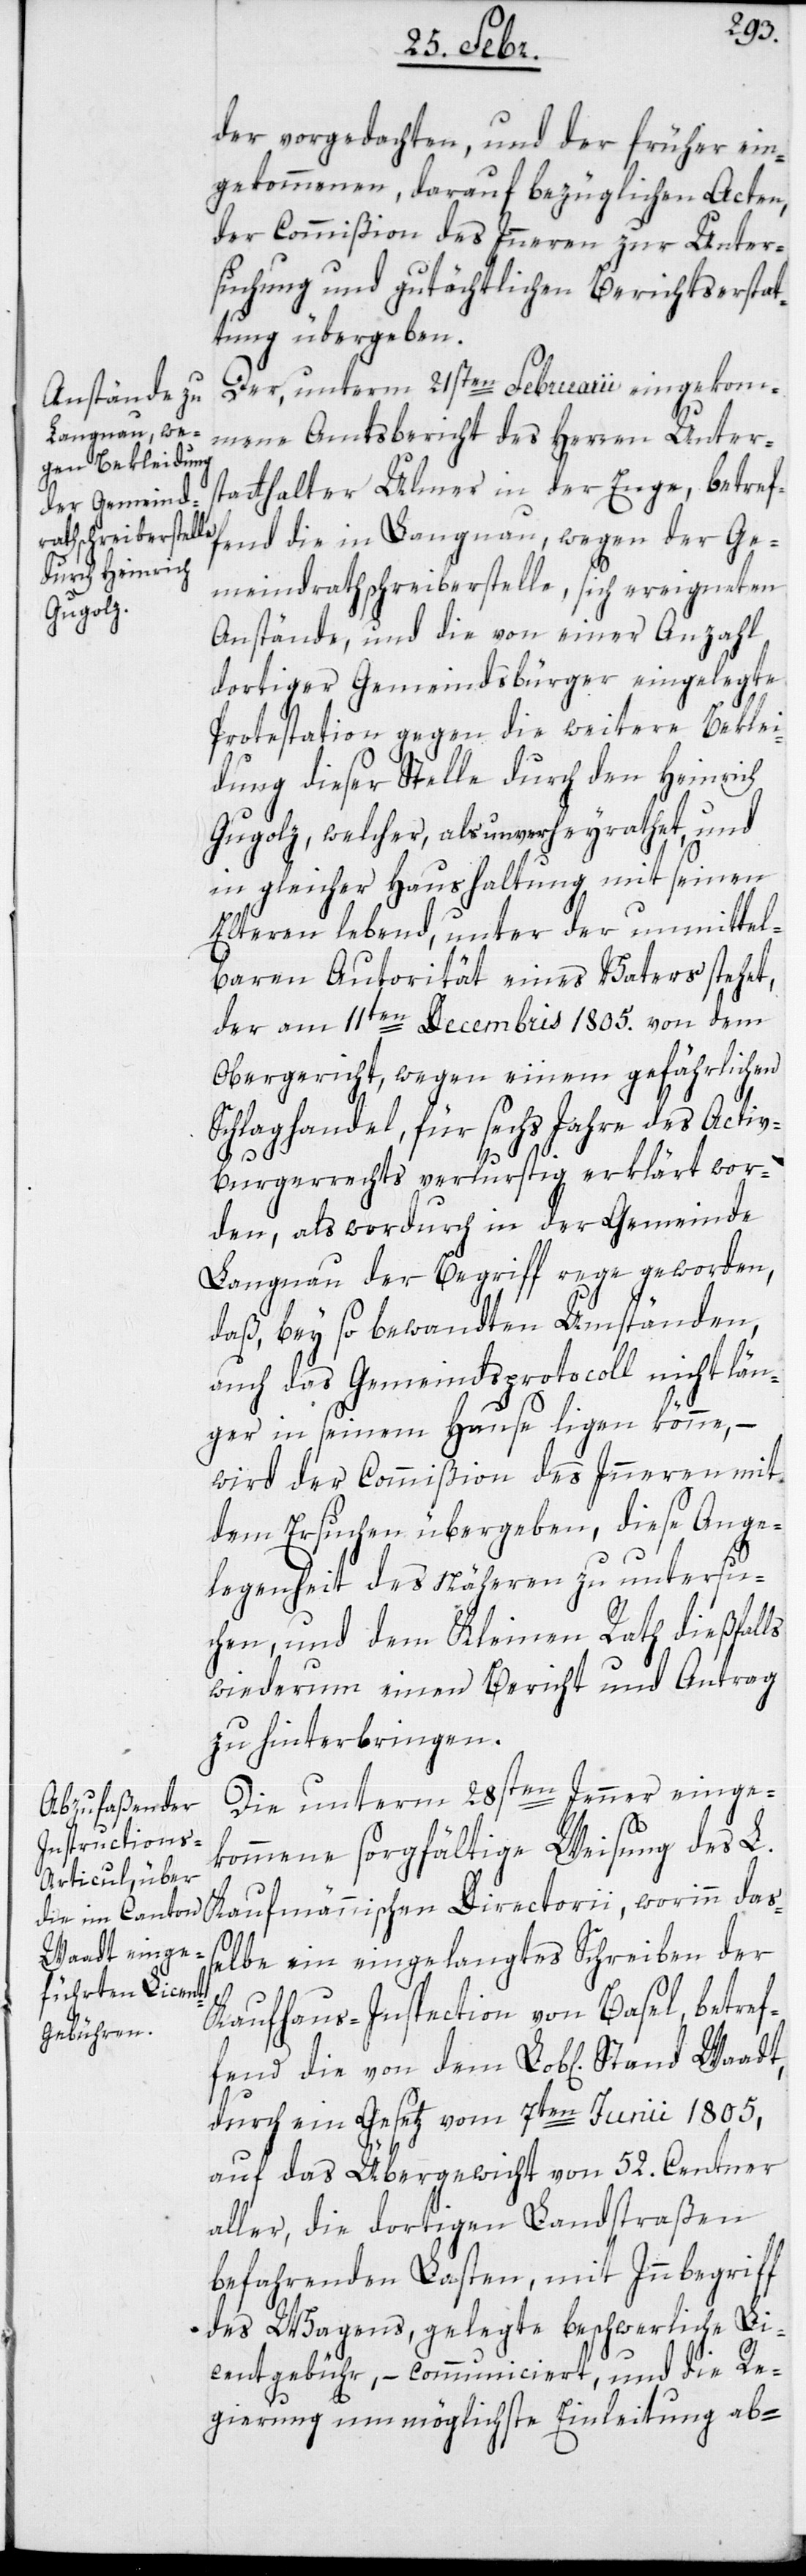
der vorgedachten, und der früher ein¬
gekommenen darauf bezüglichen Acten,
der Commißion des Inneren zur Unter¬
suchung und gutächtlichen Berichtserstat¬
tung übergeben.
Der, unterm 21sten Februarii eingekom¬
mene Amtsbericht des Herren Unter¬
statthalter Ulmer in der Enge, betref¬
fend die in Langnau, wegen der Ge¬
meindrathsschreiberstelle, sich ereigneten
Anstände, und die von einer Anzahl
dortiger Gemeindsbürger eingelegte
Protestation gegen die weitere Beklei¬
dung dieser Stelle durch den Heinrich
Gugolz, welcher, als unverheyrathet, und
in gleicher Haushaltung mit seinen
Elteren lebend, unter der unmittel¬
baren Autorität eines Vaters stehet,
der am 11ten Decembris 1805. von dem
Obergericht, wegen einem gefährlichen
Schlaghandel, für sechs Jahre des Activ-B¬
urgerrechts verlurstig erklärt wor¬
den, als wordurch in der Gemeinde
Langnau der Begriff rege geworden,
daß, bey so bewandten Umständen,
auch das Gemeindsprotocoll nicht län¬
ger in seinem Hause ligen könne, –
wird der Commißion des Inneren mit
dem Ersuchen übergeben, diese Ange¬
legenheit des Nähern zu untersu¬
chen, und dem Kleinen Rath dießfalls
wiederum einen Bericht und Antrag
zu hinterbringen.
Die unterm 28sten Jenner einge¬
kommene sorgfältige Weisung des L.
Kaufmännischen Directorii, worinn da¬
ßelbe ein eingelangtes Schreiben der
Kaufhaus-Inspection von Basel, betref¬
fend die von dem Lob[llichen] Stand
durch ein Gesetz vom 7ten Junii 1805,
auf das Übergewicht von 52. Centner
aller, die dortigen Landstraßen
befahrenden Lasten, mit Innbegriff
des Wagens, gelegte beschwerliche Li¬
centgebühr, – communiciert, und die Re¬
gierung um möglichste Einleitung ab-